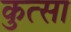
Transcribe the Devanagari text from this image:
कुत्सा